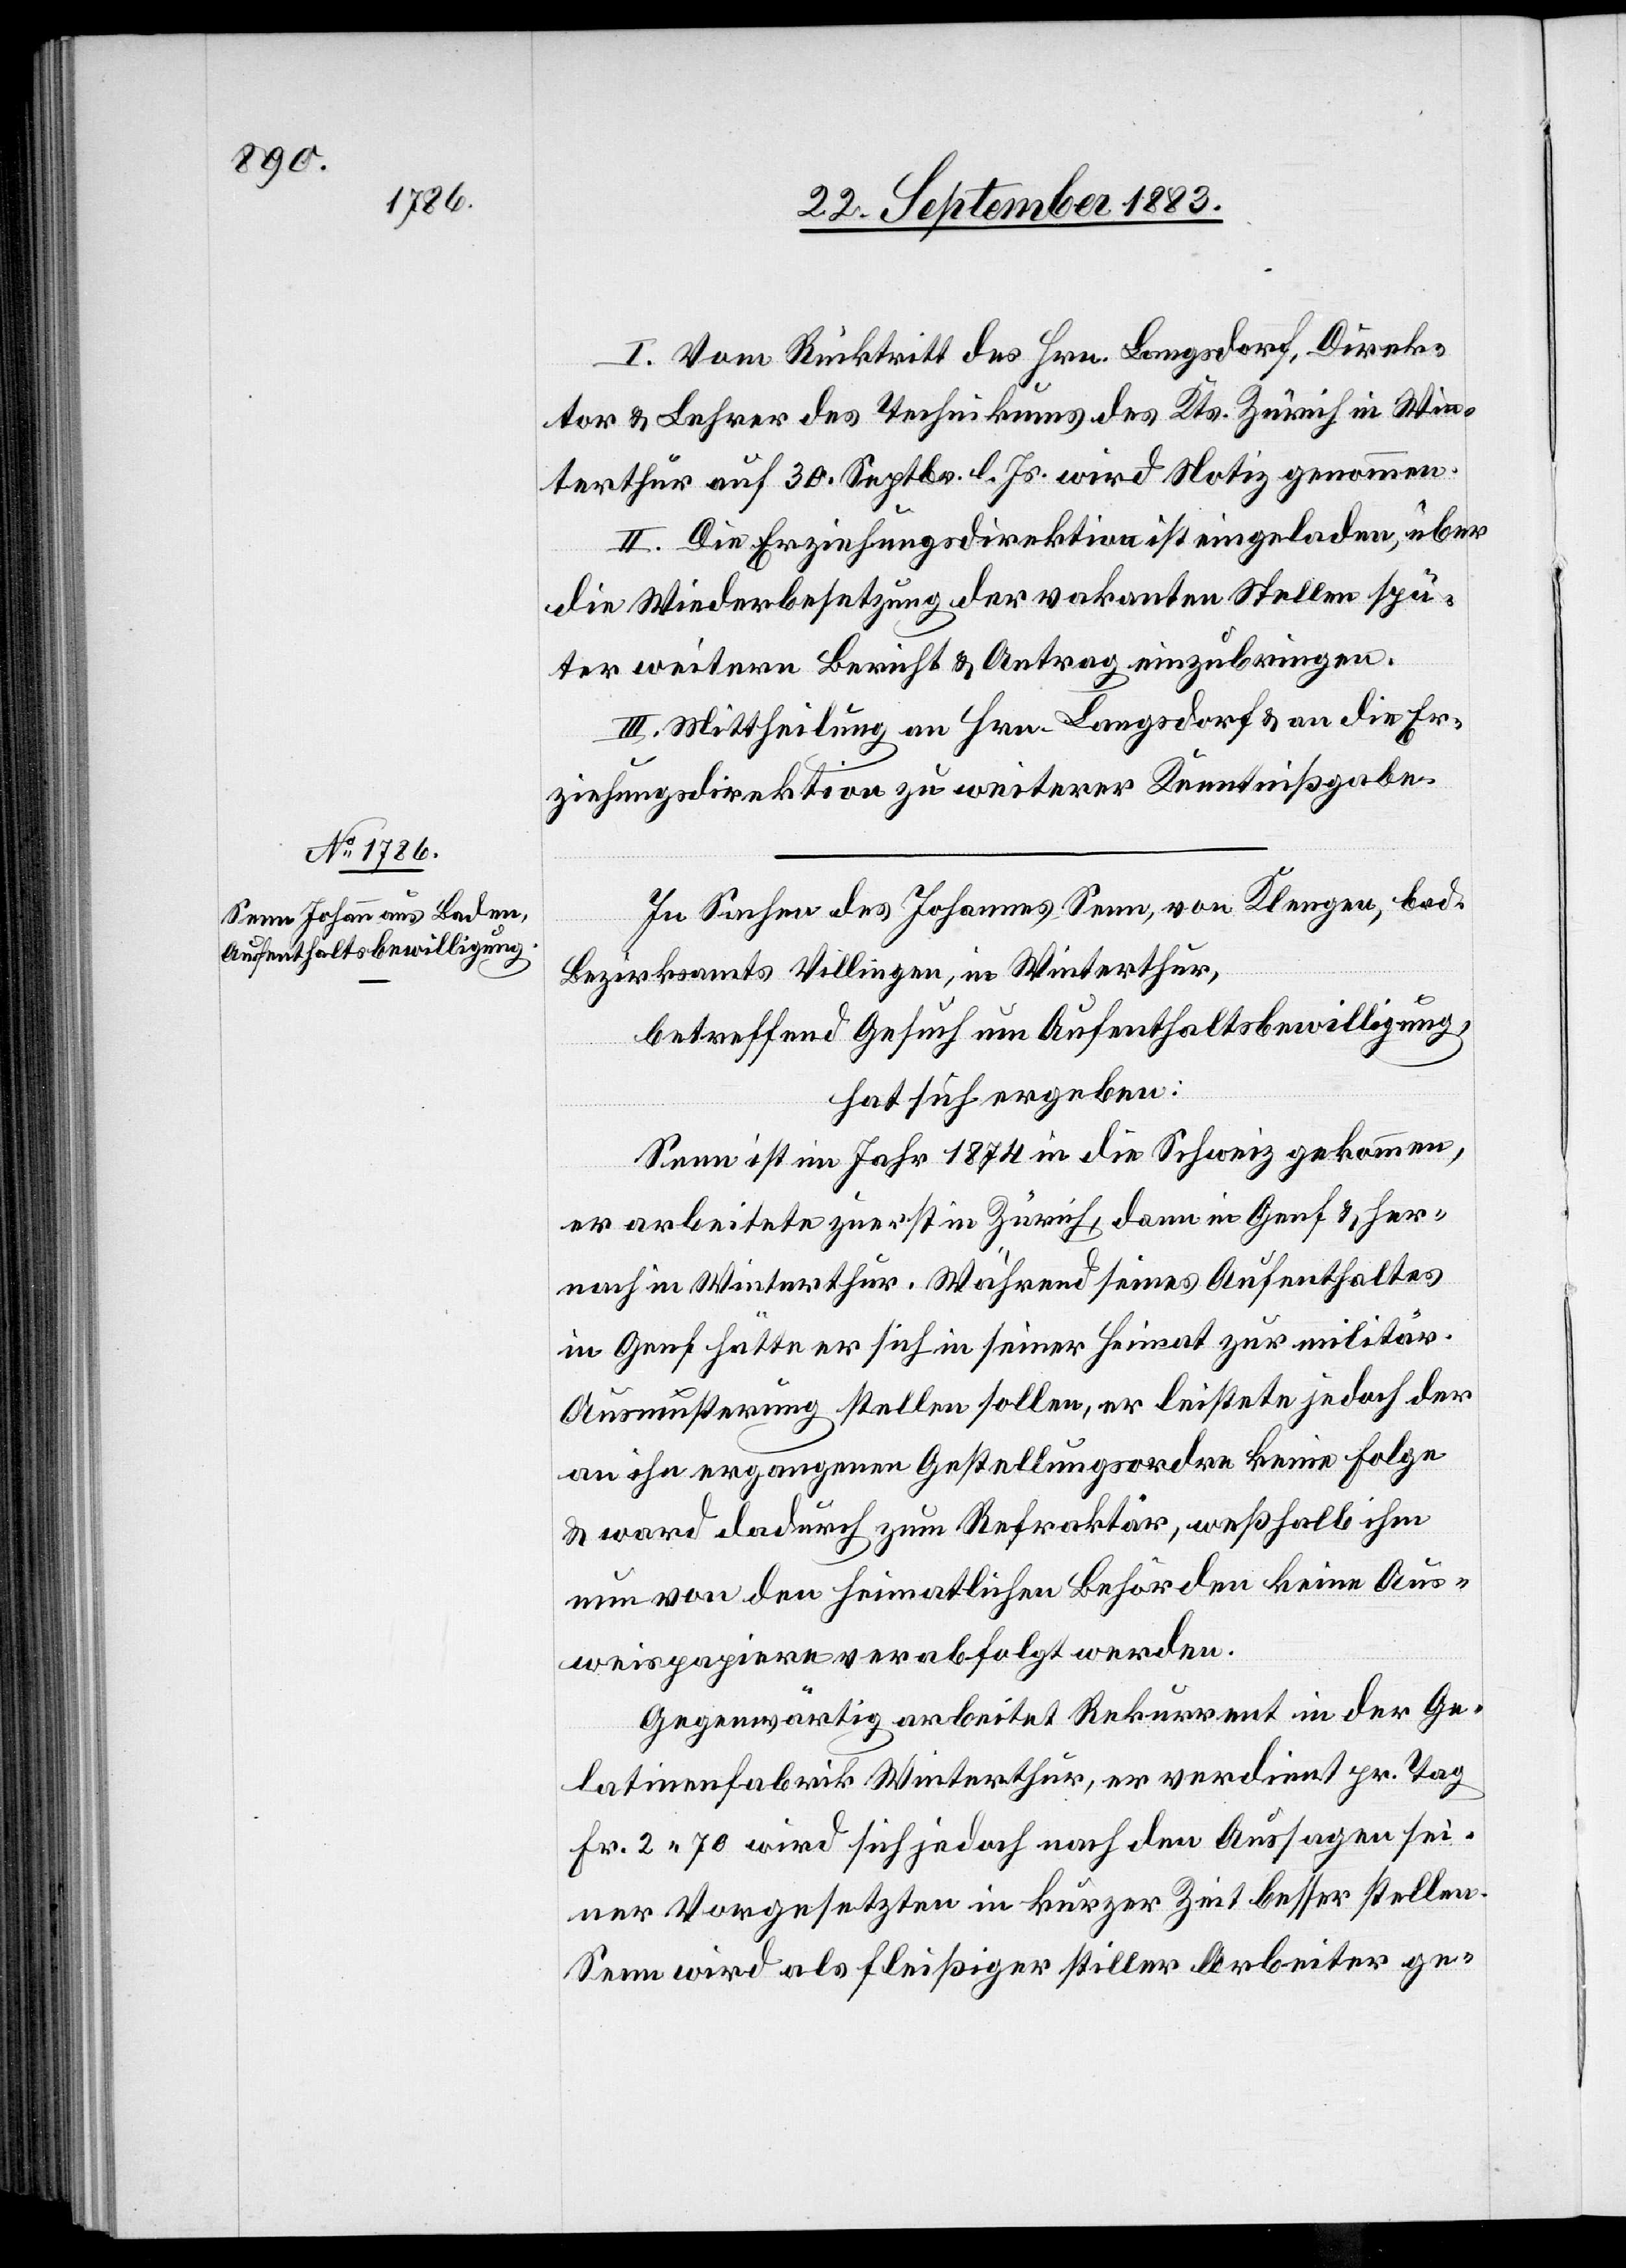
I. Vom Rücktritt des Hrn. Langsdorf, Direk¬
tor & Lehrer des Technikums des Kts. Zürich in Win¬
terthur auf 30. Septbr. l. Js. wird Notiz genommen.
II. Die Erziehungsdirektion ist eingeladen, über
die Wiederbesetzung der vakanten Stelle spä¬
ter weitern Bericht & Antrag einzubringen.
III. Mittheilung an Hrn. Langsdorf & an die Er¬
ziehungsdirektion zu weiterer Kenntnißgabe.
In Sachen des Johannes Senn, von Klengen, bad.
Bezirksamts Villingen, in Winterthur,
betreffend Gesuch um Aufenthaltsbewilligung,
hat sich ergeben:
Senn ist im Jahr 1874 in die Schweiz gekommen,
er arbeitete zuerst in Zürich, dann in Genf & her¬
nach in Winterthur. Während seines Aufenthaltes
in Genf hätte er sich in seiner Heimat zur militär.
Ausmusterung stellen sollen, er leistete jedoch der
an ihn ergangenen Gestellungsordre keine Folge
& ward dadurch zum Refraktär, weßhalb ihm
nun von den heimatlichen Behörden keine Aus¬
weispapiere verabfolgt werden.
Gegenwärtig arbeitet Rekurrent in der Ge¬
latinefabrik Winterthur, er verdient pr. Tag
Fr. 2 70 wird sich jedoch nach den Aussagen sei¬
ner Vorgesetzten in kurzer Zeit besser stellen.
Senn wird als fleißiger stiller Arbeiter ge-